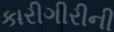
કારીગીરીની